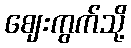
ဈေးကွက်သို့